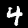
Label: 4